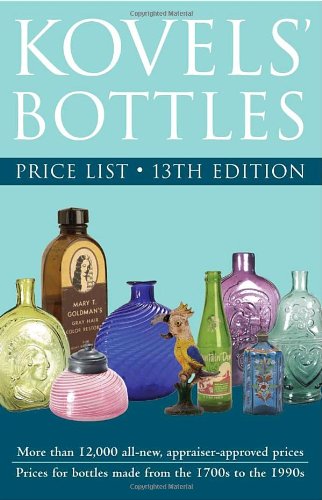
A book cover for Kovels' Bottles Price List: 13th Edition; Terry Kovel; Crafts, Hobbies & Home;